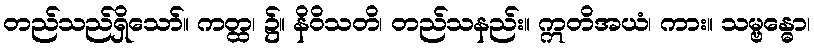
တည်သည်ရှိသော်။ ကတ္ထ၊ ၌။ နိဝိသတိ၊ တည်သနည်း။ ဣတိအယံ၊ ကား။ သမ္ဗန္ဓော၊